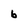
Character: b